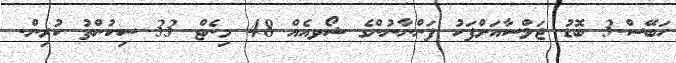
ހަބޭސް-3 ބޮޑު ޖަލްސާއަށްފަހު ފަންނާނުންގެ ޝޯވއެއް 48 މިނެޓް 33 ސިކުންތު ކުރިން.